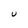
Character: U